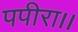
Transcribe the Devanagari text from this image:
पपीरा।।